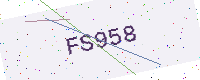
Text: FS958